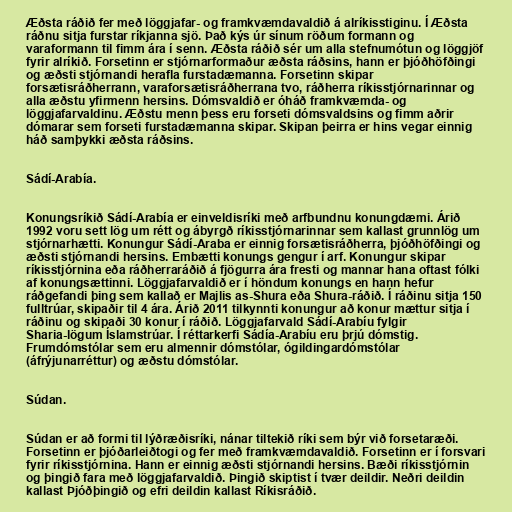
Æðsta ráðið fer með löggjafar- og framkvæmdavaldið á alríkisstiginu. Í Æðsta
ráðnu sitja furstar ríkjanna sjö. Það kýs úr sínum röðum formann og
varaformann til fimm ára í senn. Æðsta ráðið sér um alla stefnumótun og löggjöf
fyrir alríkið. Forsetinn er stjórnarformaður æðsta ráðsins, hann er þjóðhöfðingi
og æðsti stjórnandi herafla furstadæmanna. Forsetinn skipar
forsætisráðherrann, varaforsætisráðherrana tvo, ráðherra ríkisstjórnarinnar og
alla æðstu yfirmenn hersins. Dómsvaldið er óháð framkvæmda- og
löggjafarvaldinu. Æðstu menn þess eru forseti dómsvaldsins og fimm aðrir
dómarar sem forseti furstadæmanna skipar. Skipan þeirra er hins vegar einnig
háð samþykki æðsta ráðsins.

Sádí-Arabía.

Konungsríkið Sádí-Arabía er einveldisríki með arfbundnu konungdæmi. Árið
1992 voru sett lög um rétt og ábyrgð ríkisstjórnarinnar sem kallast grunnlög um
stjórnarhætti. Konungur Sádí-Araba er einnig forsætisráðherra, þjóðhöfðingi og
æðsti stjórnandi hersins. Embætti konungs gengur í arf. Konungur skipar
ríkisstjórnina eða ráðherraráðið á fjögurra ára fresti og mannar hana oftast fólki
af konungsættinni. Löggjafarvaldið er í höndum konungs en hann hefur
ráðgefandi þing sem kallað er Majlis as-Shura eða Shura-ráðið. Í ráðinu sitja 150
fulltrúar, skipaðir til 4 ára. Árið 2011 tilkynnti konungur að konur mættur sitja í
ráðinu og skipaði 30 konur í ráðið. Löggjafarvald Sádí-Arabíu fylgir
Sharia-lögum Íslamstrúar. Í réttarkerfi Sádía-Arabíu eru þrjú dómstig.
Frumdómstólar sem eru almennir dómstólar, ógildingardómstólar
(áfrýjunarréttur) og æðstu dómstólar.

Súdan.

Súdan er að formi til lýðræðisríki, nánar tiltekið ríki sem býr við forsetaræði.
Forsetinn er þjóðarleiðtogi og fer með framkvæmdavaldið. Forsetinn er í forsvari
fyrir ríkisstjórnina. Hann er einnig æðsti stjórnandi hersins. Bæði ríkisstjórnin
og þingið fara með löggjafarvaldið. Þingið skiptist í tvær deildir. Neðri deildin
kallast Þjóðþingið og efri deildin kallast Ríkisráðið.